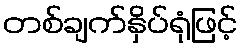
တစ်ချက်နှိပ်ရုံဖြင့်